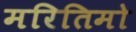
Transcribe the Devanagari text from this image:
मरितिमो